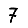
Digit: 7